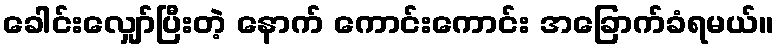
ခေါင်းလျှော်ပြီးတဲ့ နောက် ကောင်းကောင်း အခြောက်ခံရမယ်။